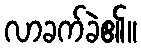
လာခက်ခဲ၏။